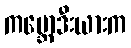
ကမ္ဘောဒီးယားက